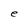
Character: e